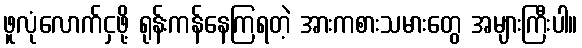
ဖူလုံလောက်ငှဖို့ ရုန်းကန်နေကြရတဲ့ အားကစားသမားတွေ အများကြီးပါ။